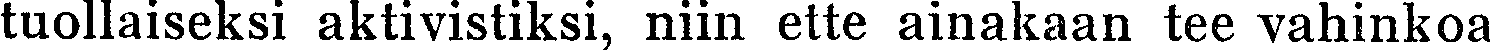
tuollaiseksi aktivistiksi, niin ette ainakaan tee vahinkoa